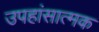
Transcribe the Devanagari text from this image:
उपहांसात्मक